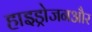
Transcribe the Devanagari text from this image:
हाइड्रोजनऔर